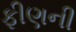
ફીણની